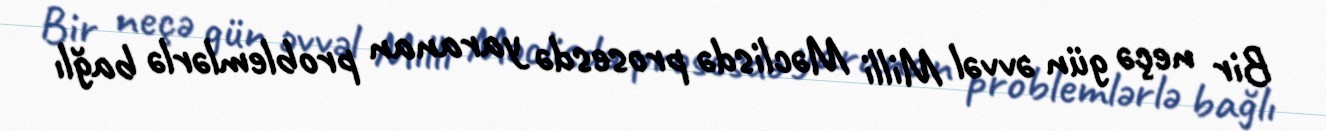
Bir neçə gün əvvəl Milli Məclisdə prosesdə yaranan problemlərlə bağlı